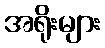
အရိုးများ